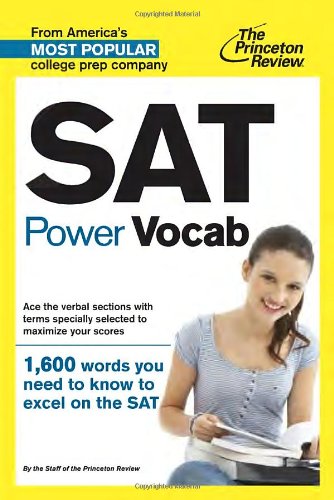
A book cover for SAT Power Vocab (College Test Preparation); Princeton Review; Reference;